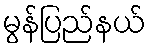
မွန်ပြည်နယ်